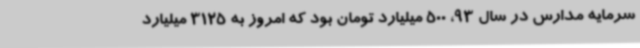
سرمایه مدارس در سال 93، 500 میلیارد تومان بود که امروز به 3125 میلیارد